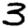
Digit: 3